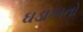
ઘડાકાનો